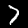
Digit: 7